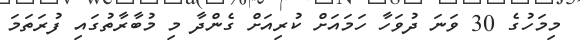
މިމަހުގެ 30 ވަނަ ދުވަހާ ހަމައަށް ކުރިއަށް ގެންދާ މި މުބާރާތުގައި ފުރަތަމަ